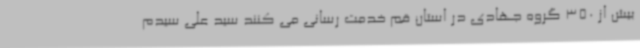
بیش از 350 گروه جهادی در استان قم خدمت رسانی می کنند سید علی سیدم